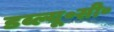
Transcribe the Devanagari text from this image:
डब्ल्यू॰सी॰